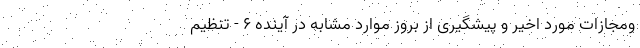
ومجازات مورد اخیر و پیشگیری از بروز موارد مشابه در آینده ۶ - تنظیم